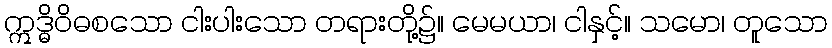
ဣဒ္ဓိဝိဓစသော ငါးပါးသော တရားတို့၌။ မေမယာ၊ ငါနှင့်။ သမော၊ တူသော